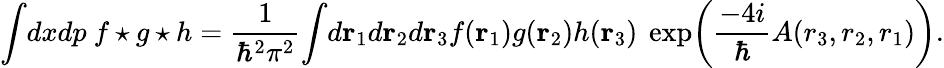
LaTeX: \int\! dxdp~f\star g\star h={\frac{1}{\hbar^{2}\pi^{2}}}\! \int\! d{\mathbf r}_{1}d{\mathbf r}_{2}d{\mathbf r}_{3}f({\mathbf r}_{1})g({\mathbf r}_{2})h({\mathbf r}_{3})~\exp\! \left({\frac{-4i}{\hbar}}A(r_{3},r_{2},r_{1})\right).